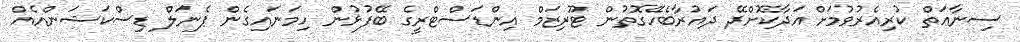
ސިނާޢަތް ކުރިއެރުވުމަށް އަދާކޮށްދޭ ދައުރާބެހޭގޮތުން ޓޫރިޒަމް އިންޑަސްޓްރީގެ ބޭފުޅުން ހިމަނައިގެން ޕެނަލް ޑިސްކަޝަންއެއް